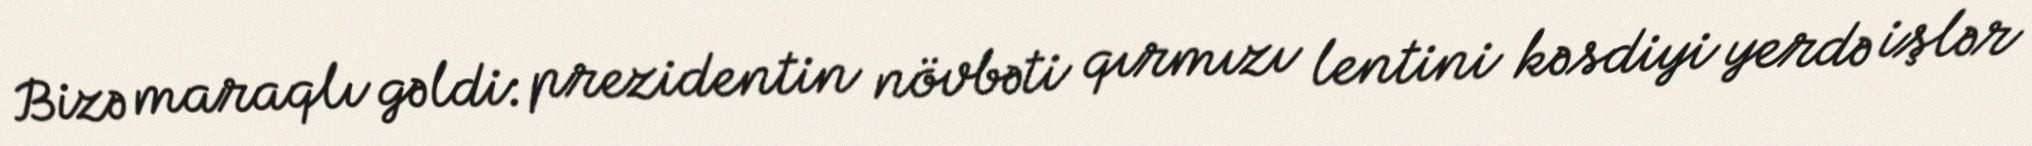
Bizə maraqlı gəldi: prezidentin növbəti qırmızı lentini kəsdiyi yerdə işlər